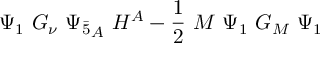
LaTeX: \Psi _ { 1 } ~ G _ { \nu } ~ { \Psi _ { \bar { 5 } } } _ { A } ~ H ^ { A } - \frac { 1 } { 2 } ~ M ~ \Psi _ { 1 } ~ G _ { M } ~ \Psi _ { 1 }